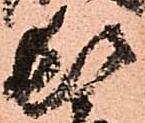
頓